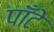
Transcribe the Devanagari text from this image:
पाँटे